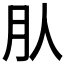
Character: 𣍞